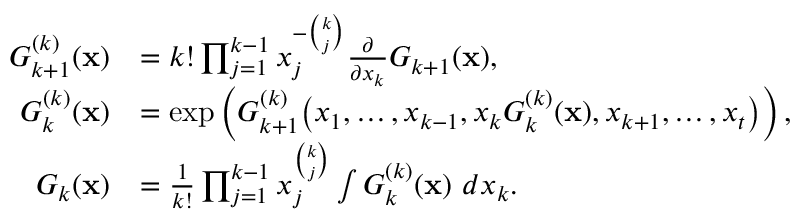
\begin{array} { r l } { G _ { k + 1 } ^ { ( k ) } ( \mathbf { x } ) } & { = k ! \prod _ { j = 1 } ^ { k - 1 } x _ { j } ^ { - \binom { k } { j } } \frac { \partial } { \partial x _ { k } } G _ { k + 1 } ( \mathbf { x } ) , } \\ { G _ { k } ^ { ( k ) } ( \mathbf { x } ) } & { = \exp \left( G _ { k + 1 } ^ { ( k ) } \big ( x _ { 1 } , \ldots , x _ { k - 1 } , x _ { k } G _ { k } ^ { ( k ) } ( \mathbf { x } ) , x _ { k + 1 } , \ldots , x _ { t } \big ) \right) , } \\ { G _ { k } ( \mathbf { x } ) } & { = \frac { 1 } { k ! } \prod _ { j = 1 } ^ { k - 1 } x _ { j } ^ { \binom { k } { j } } \int G _ { k } ^ { ( k ) } ( \mathbf { x } ) \, \, d x _ { k } . } \end{array}